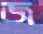
জ